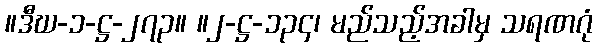
။ဒီဃ-၁-ဋ္ဌ-၂၇၃။ ။၂-ဋ္ဌ-၁၃၄၊ မည်သည့်အခါမှ သရဏဂုံ